Report on vaccination in Madras 1904-1921 - 1904-1921
Year: 1904
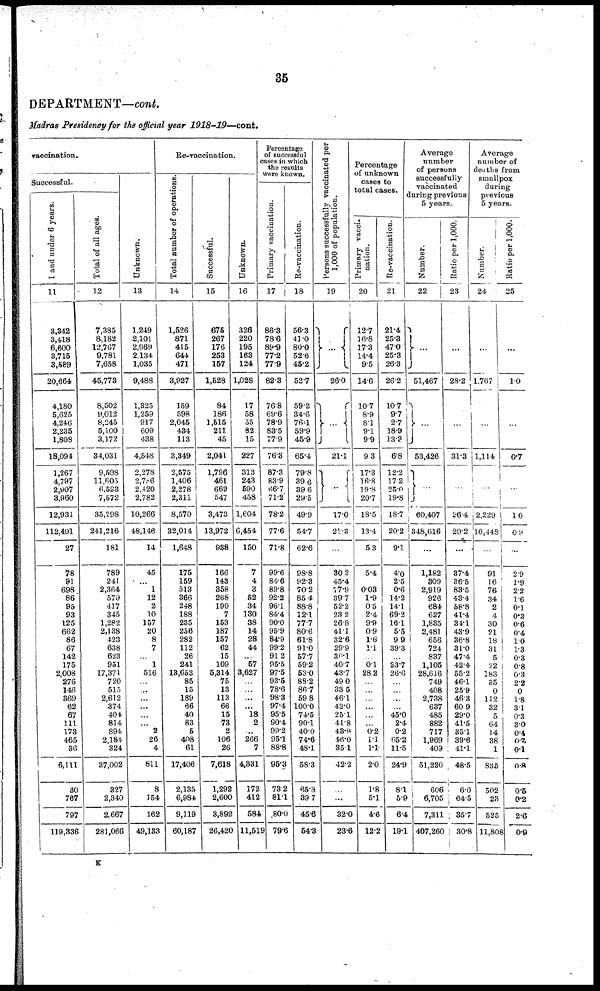
35
DEPARTMENT—cont.
Madras Presidency for the official year 1918-19—cont.
vaccination.
Successful.
1 and under 6 years.
11
3,342
3,418
6,600
3,715
3,689
20,664
4,180
5,625
4,246
2,235
1,803
18,094
1,267
4,797
2,907
3,960
12,931
112,401
27
78
91
698
86
95
93
125
662
86
67
142
175
2,008
276
146
369
62
67
111
173
465
36
6,111
30
767
797
119,336
Total of all ages.
12
7,385
8,182
12,767
9,781
7,658
45,773
8,502
9,012
8,245
5,100
3,172
34,031
9,598
11,605
6,523
7,572
35,298
241,216
181
789
241
2,364
579
417
345
1,282
2,138
423
638
623
951
17,371
720
515
2,612
374
404
814
894
2,184
324
37,002
327
2,340
2,667
281,066
Unknown.
13
1,249
2,101
2,969
2,134
1,035
9,488
1,325
1,259
917
609
438
4,548
2,278
2,786
2,420
2,782
10,266
48,146
14
45
...
1
12
2
10
157
20
8
7
...
1
516
...
...
...
...
...
...
2
26
4
811
8
154
162
49,133
Re-vaccination.
Total number of operations.
14
1,526
871
415
644
471
3,927
159
598
2,045
434
113
3,349
2,575
1,406
2,278
2,311
8,570
32,014
1,648
175
159
513
366
248
188
235
256
282
112
26
241
13,653
85
15
189
66
40
83
5
408
61
17,406
2,135
6,984
9,119
60,187
Successful.
15
675
267
176
253
157
1,528
84
186
1,515
211
45
2,041
1,796
461
669
547
3,473
13,972
938
166
143
358
268
190
7
153
187
157
62
15
109
5,314
75
13
113
66
15
73
2
106
26
7,618
1,292
2,600
3,892
26,420
Unknown.
16
326
220
195
163
124
1,028
17
58
55
82
15
227
313
243
590
458
1,604
6,454
150
7
4
3
52
34
130
38
14
28
44
...
57
3,627
...
...
...
...
18
2
...
266
7
4,331
172
412
584
11,519
Percentage
of successful
cases in which
the results
were known.
Primary vaccination.
17
86.3
78.6
89.9
77.2
77.9
82.3
76.8
69.6
78.9
83.5
77.9
76.3
87.3
83.9
66.7
71.2
78.2
77.6
71.8
99.6
84.6
89.8
92.2
96.1
84.4
90.0
95.9
84.9
99.2
91.2
95.5
97.5
93.5
78.6
98.3
97.4
95.5
90.4
99.2
95.1
88.8
95.3
73.2
81.1
80.0
79.6
Re-vaccination.
18
56.3
43.0
80.0
52.6
45.2
52.7
59.2
34.6
76.1
59.9
45.9
65.4
79.8
39.6
39.6
29.5
49.9
54.7
62.6
98.8
92.3
70.2
85.4
88.8
12.1
77.7
80.6
61.8
91.0
57.7
59.2
53.0
88.2
86.7
59.8
100.0
74.5
90.1
40.0
74.6
48.1
58.3
66.8
39.7
45.6
54.3
Persons successfully vaccinated per
1,000 of population.
19
...
26.0
...
21.1
...
17.0
21.3
...
30.2
45.4
77.9
39.7
52.2
23.2
26.8
41.1
32.6
29.9
36.l
40.7
43.7
49.0
33.5
46.1
42.0
25.1
41.8
43.8
46.0
35.1
42.2
...
...
32.0
23.6
Percentage
of unknown
cases to
total cases.
Primary vacci-
nation.
20
12.7
16.8
17.3
14.4
9.5
14.6
10.7
8.9
8.1
9.1
9.9
9.3
17.3
16.8
19.8
20.7
18.5
13.4
5.3
5.4
...
0.03
1.9
0.5
2.4
9.9
0.9
1.6 1.1
...
0.1
28.2
...
...
...
...
...
...
0.2
1.1
1.1
2.0
1.8
5.1
4.6
12.2
Re-vaccination.
21
21.4
25.3
47.0
25.3
26.3
26.2
10.7
9.7
2.7
18.9
13.3
6.8
12.2
17.2
25.0
19.8
18.7
20.2
9.1
4.0
2.5
0.6
14.2
14.1
69.2
16.1
5.5
9.9
39.3
...
23.7
26.6
...
...
...
...
45.0
2.4
0.2
65.2
11.5
24.9
8.1
5.9
6.4
19.1
Average
number
of persons
successfully
vaccinated
during previous
5 years.
Number.
22
...
51,467
...
53,426
...
60,407
348,616
...
1,182
309
2,919
926
684
627
1,835
2,481
656
724
837
1,105
28,616
749
408
2,738
637
485
882
717
1,969
409
51,230
606
6,705
7,311
407,260
Ratio per 1,000.
23
...
28.2
...
31.3
...
26.4
29.2
...
37.4
36.5
83.5
43.4
58.8
41.4
34.1
43.9
36.8
31.0
47.4
42.4
55.2
46.1
25.9
46.3
60.9
29.0
41.5
35.1
39.6
41.1
48.5
6.0
64.5
35.7
30.8
Average
number of
deaths from
smallpox
during
previous
5 years.
Number.
24
...
1,767
...
1,114
...
2,229
10,448
...
91
1.6
76
34
2
4
30
21
18
31
5
22
188
35
0
112
32
5
64
14
38
1
835
502
23
525
11,808
Ratio per 1,000.
25
...
1.0
...
0.7
...
1. 0
0.9
...
2.9
1.9
2.2
1.6
0.1
0.3
0.6
0.4
1.0
1.3
0.3
0.8
0.3
2.2
0
1.8
3.1
0.3
3.0
0.4
0.7
0.1
0.8
0.5
0.2
2.6
0.9
K